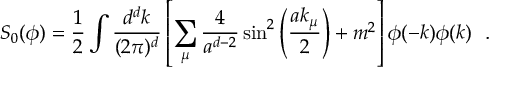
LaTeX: S _ { 0 } ( \phi ) = \frac { 1 } { 2 } \int \frac { d ^ { d } k } { ( 2 \pi ) ^ { d } } \left[ \sum _ { \mu } \frac { 4 } { a ^ { d - 2 } } \sin ^ { 2 } \left( \frac { a k _ { \mu } } { 2 } \right) + m ^ { 2 } \right] \phi ( - k ) \phi ( k ) \ \ .